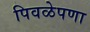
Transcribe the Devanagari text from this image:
पिवळेपणा